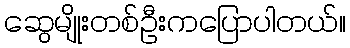
ဆွေမျိုးတစ်ဦးကပြောပါတယ်။